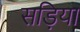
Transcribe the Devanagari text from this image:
सड़िया